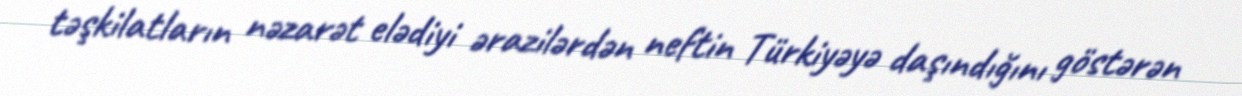
təşkilatların nəzarət elədiyi ərazilərdən neftin Türkiyəyə daşındığını göstərən